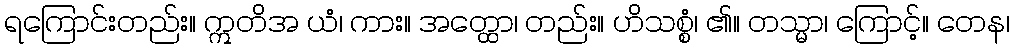
ရကြောင်းတည်း။ ဣတိအ ယံ၊ ကား။ အတ္ထော၊ တည်း။ ဟိသစ္စံ၊ ၏။ တသ္မာ၊ ကြောင့်။ တေန၊